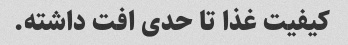
کیفیت غذا تا حدی افت داشته.